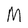
Character: M